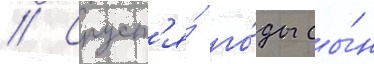
// Спуст'я́ го́ды сы́н